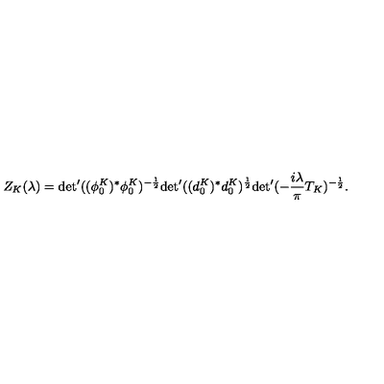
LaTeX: Z _ { K } ( \lambda ) = { \det } ^ { \prime } ( ( \phi _ { 0 } ^ { K } ) ^ { * } \phi _ { 0 } ^ { K } ) ^ { - \frac { 1 } { 2 } } { \det } ^ { \prime } ( ( d _ { 0 } ^ { K } ) ^ { * } d _ { 0 } ^ { K } ) ^ { \frac { 1 } { 2 } } { \det } ^ { \prime } ( - \frac { i \lambda } { \pi } T _ { K } ) ^ { - \frac { 1 } { 2 } } .